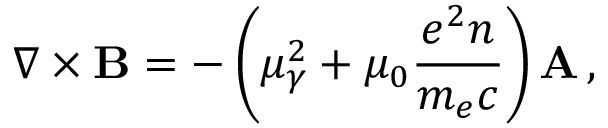
\nabla \times { \bf B } = - \left( \mu _ { \gamma } ^ { 2 } + \mu _ { 0 } \frac { e ^ { 2 } n } { m _ { e } c } \right) { \bf A } \, ,